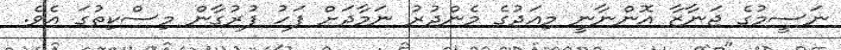
ނަސީމުގެ ޖަނާޒާ އޮންނާނީ މިއަދުގެ މެންދުރު ނަމާދަށް ފަހު ފުރުގާން މިސްކިތުގަ އެވެ.